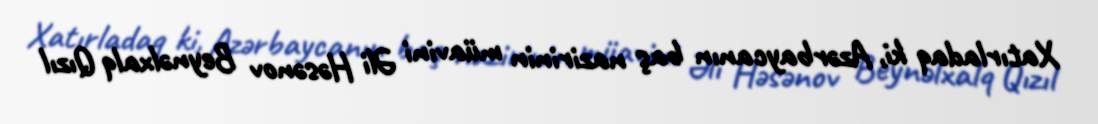
Xatırladaq ki, Azərbaycanın baş nazirinin müavini Əli Həsənov Beynəlxalq Qızıl